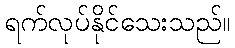
ရက်လုပ်နိုင်သေးသည်။